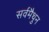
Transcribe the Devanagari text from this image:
सर्वमैथुन